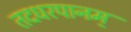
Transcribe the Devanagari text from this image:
तदधरपानम्